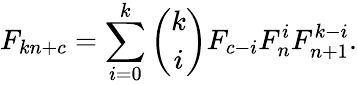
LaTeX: F_{kn+c}=\sum_{i=0}^{k}{\binom{k}{i}}F_{c-i}F_{n}^{i}F_{n+1}^{k-i}.